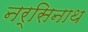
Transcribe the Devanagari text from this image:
नर्सिनाथ